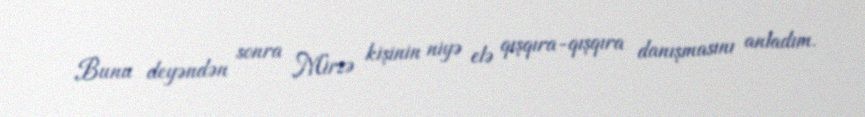
Bunu deyəndən sonra Mirzə kişinin niyə elə qışqıra-qışqıra danışmasını anladım.